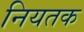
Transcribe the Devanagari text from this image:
नियतक